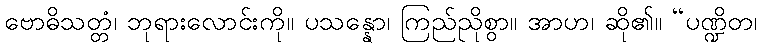
ဗောဓိသတ္တံ၊ ဘုရားလောင်းကို။ ပသန္နော၊ ကြည်ညိုစွာ။ အာဟ၊ ဆို၏။ “ပဏ္ဍိတ၊